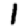
Digit: 1